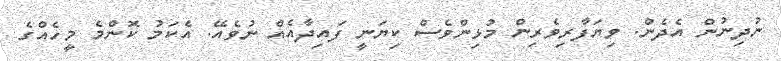
ނުދިނުން އެދެން. ވިޔަފާރިވެރިން މުޅިންވެސް ކިޔަނީ ފައިދާއެއް ނުވެއޭ. އެކަމު ކޮންމެ މީހެއްގެ